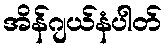
အိန်ဂျယ်နံပါတ်